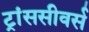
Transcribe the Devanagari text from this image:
ट्रांससीवर्स